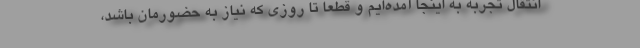
انتقال تجربه به اینجا آمده‌ایم و قطعا تا روزی که نیاز به حضورمان باشد،